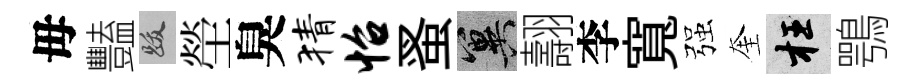
毋豔跋塋臭猜怡蚤冀翿李寬强奎枉鶚